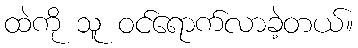
ထဲကို သူ ဝင်ရောက်လာခဲ့တယ်။